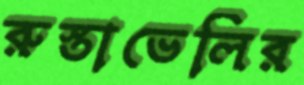
রুস্তাভেলির